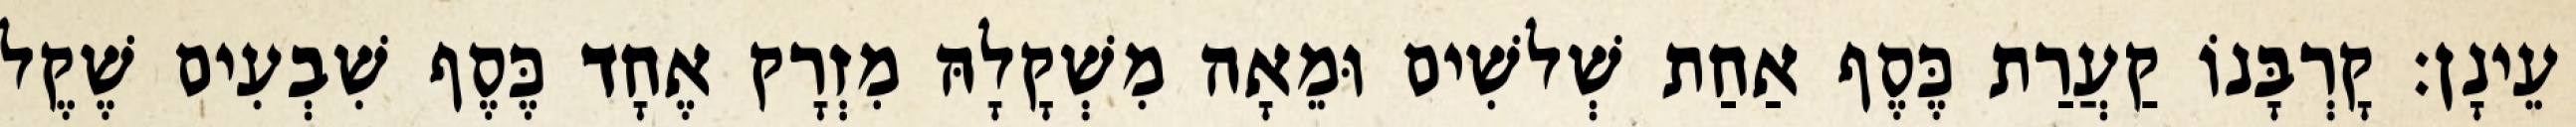
עֵינָן׃ קָרְבָּנוֹ קַעֲרַת כֶּסֶף אַחַת שְׁלשִׁים וּמֵאָה מִשְׁקָלָהּ מִזְרָק אֶחָד כֶּסֶף שִׁבְעִים שֶׁקֶל